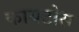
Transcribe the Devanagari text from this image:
कायटोस